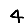
Digit: 4